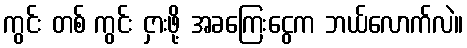
ကွင်း တစ် ကွင်း ငှားဖို့ အခကြေးငွေက ဘယ်လောက်လဲ။